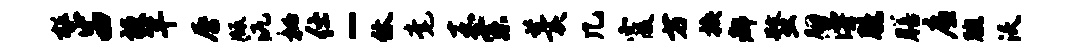
整西梗竿唇版沆秘仕-休毫嘉索羹几霞方换都蝥胭漫臆膳廉腕沃